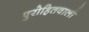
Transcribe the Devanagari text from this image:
पुरोहितवाली